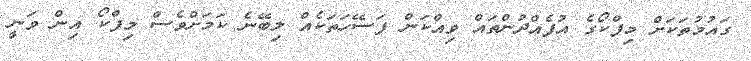
ގައުމުތަކަށް މިފްކޯގެ އުފެއްދުންތައް ވިއްކަން ފަސޭހަތަކެއް ލިބޭނެ ކަމަށްވެސް މިފްކޯ އިން ވަނީ